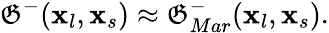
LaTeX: \mathfrak{G}^{-}(\textbf{{x}}_{l},\textbf{{x}}_{s})\approx\mathfrak{G}_{Mar}^{-}(\textbf{{x}}_{l},\textbf{{x}}_{s}).